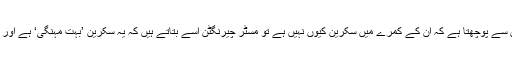
اسی لیے جب ونسٹن نامی کردار مسٹر چیرنگٹن سے پوچھتا ہے کہ ان کے کمرے میں سکرین کیوں نہیں ہے تو مسٹر چیرنگٹن اسے بتاتے ہیں کہ یہ سکرین ’بہت مہنگی‘ ہے اور ’مجھے کبھی اس کی ضرورت بھی نہیں پڑی۔